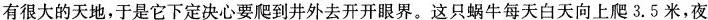
有很大的天地，于是它下定决心要爬到井外去开开眼界。这只蜗牛每天白天向上爬3.5米，夜